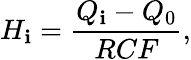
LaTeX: {H_{\mathbf{i}}}=\frac{{Q_{\mathbf{i}}-Q_{0}}}{{RCF}},